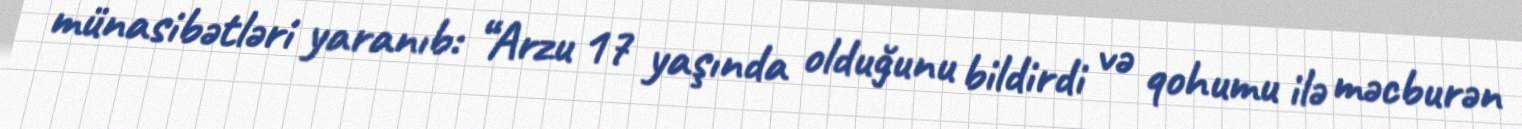
münasibətləri yaranıb: “Arzu 17 yaşında olduğunu bildirdi və qohumu ilə məcburən